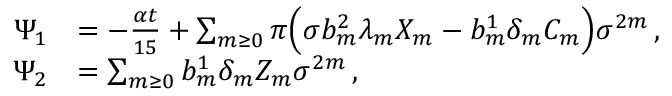
\begin{array} { r l } { \Psi _ { 1 } } & { = - \frac { \alpha t } { 1 5 } + \sum _ { m \ge 0 } \pi \Big ( \sigma b _ { m } ^ { 2 } \lambda _ { m } X _ { m } - b _ { m } ^ { 1 } \delta _ { m } C _ { m } \Big ) \sigma ^ { 2 m } \, , } \\ { \Psi _ { 2 } } & { = \sum _ { m \ge 0 } b _ { m } ^ { 1 } \delta _ { m } Z _ { m } \sigma ^ { 2 m } \, , } \end{array}